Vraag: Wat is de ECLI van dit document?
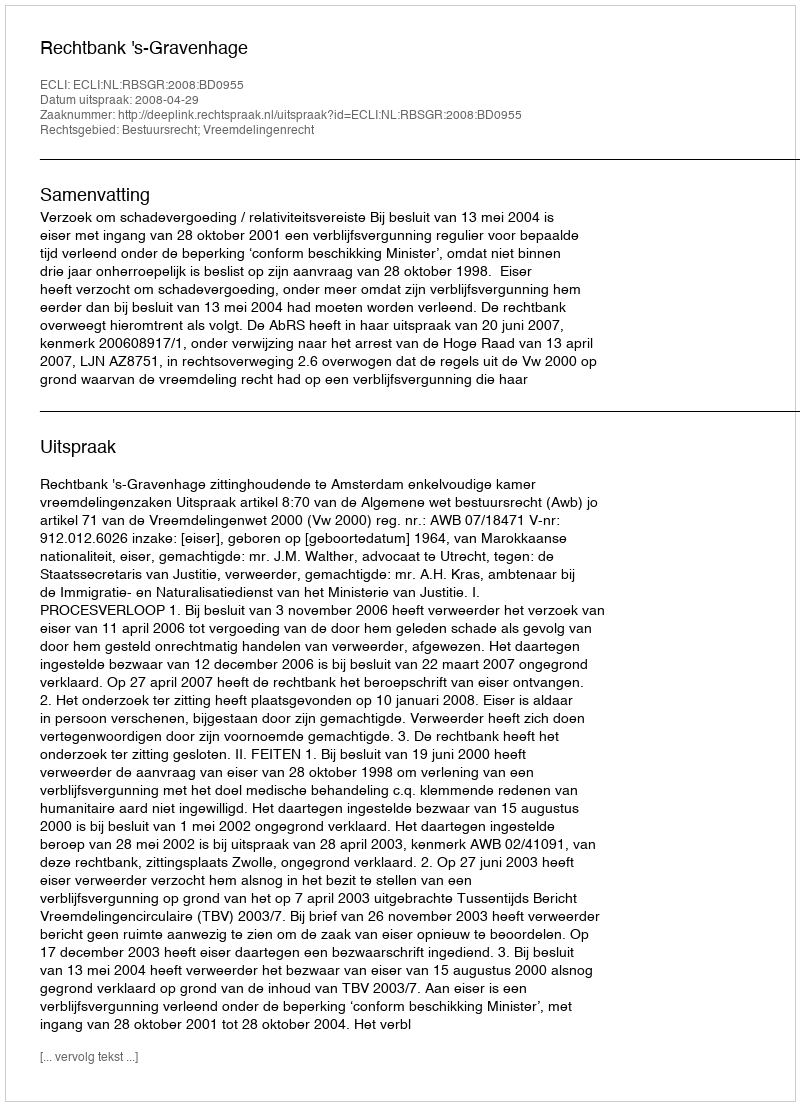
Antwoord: ECLI:NL:RBSGR:2008:BD0955